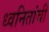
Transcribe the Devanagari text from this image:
ध्वनितांची